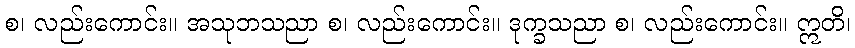
စ၊ လည်းကောင်း။ အသုဘသညာ စ၊ လည်းကောင်း။ ဒုက္ခသညာ စ၊ လည်းကောင်း။ ဣတိ၊